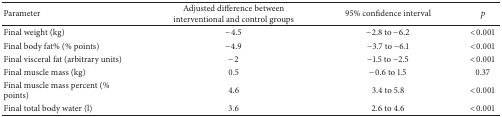
<table><thead><tr><td><b>Parameter</b></td><td><b>Adjusted difference between interventional and control groups</b></td><td><b>95% confidence interval</b></td><td><b><i>p</i></b></td></tr></thead><tbody><tr><td>Final weight (kg)</td><td>−4.5</td><td>−2.8 to −6.2</td><td>&lt;0.001</td></tr><tr><td>Final body fat% (% points)</td><td>−4.9</td><td>−3.7 to −6.1</td><td>&lt;0.001</td></tr><tr><td>Final visceral fat (arbitrary units)</td><td>−2</td><td>−1.5 to −2.5</td><td>&lt;0.001</td></tr><tr><td>Final muscle mass (kg)</td><td>0.5</td><td>−0.6 to 1.5</td><td>0.37</td></tr><tr><td>Final muscle mass percent (% points)</td><td>4.6</td><td>3.4 to 5.8</td><td>&lt;0.001</td></tr><tr><td>Final total body water (l)</td><td>3.6</td><td>2.6 to 4.6</td><td>&lt;0.001</td></tr></tbody></table>